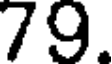
79.